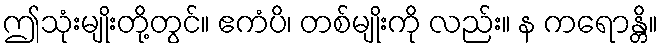
ဤသုံးမျိုးတို့တွင်။ ဧကံပိ၊ တစ်မျိုးကို လည်း။ န ကရောန္တိ။